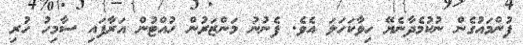
ފުންމައުގެން ނުކުމެދާނެޔޭ ހިވާކަހަލަ އެވެ. ފެނުނު މަންޒަރުން ހުއްޓުން އަރާފައި ސާމިހު ހުރި